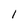
Character: l